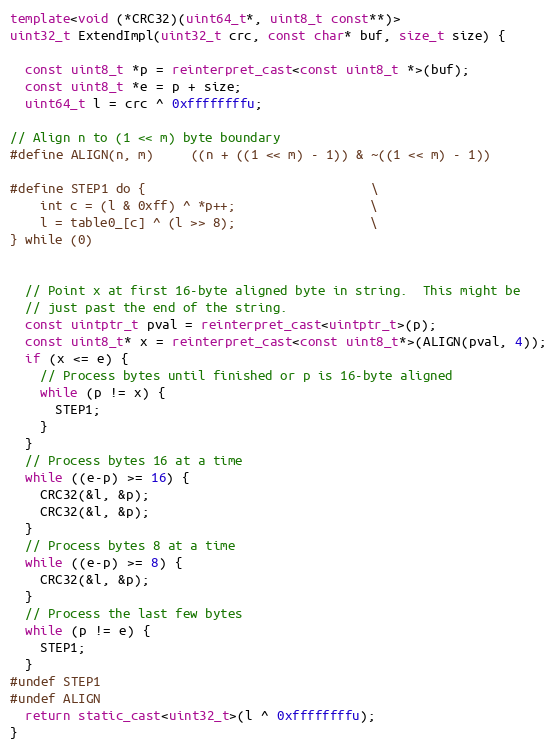
Language: C++
template<void (*CRC32)(uint64_t*, uint8_t const**)>
uint32_t ExtendImpl(uint32_t crc, const char* buf, size_t size) {

  const uint8_t *p = reinterpret_cast<const uint8_t *>(buf);
  const uint8_t *e = p + size;
  uint64_t l = crc ^ 0xffffffffu;

// Align n to (1 << m) byte boundary
#define ALIGN(n, m)     ((n + ((1 << m) - 1)) & ~((1 << m) - 1))

#define STEP1 do {                              \
    int c = (l & 0xff) ^ *p++;                  \
    l = table0_[c] ^ (l >> 8);                  \
} while (0)

  // Point x at first 16-byte aligned byte in string.  This might be
  // just past the end of the string.
  const uintptr_t pval = reinterpret_cast<uintptr_t>(p);
  const uint8_t* x = reinterpret_cast<const uint8_t*>(ALIGN(pval, 4));
  if (x <= e) {
    // Process bytes until finished or p is 16-byte aligned
    while (p != x) {
      STEP1;
    }
  }
  // Process bytes 16 at a time
  while ((e-p) >= 16) {
    CRC32(&l, &p);
    CRC32(&l, &p);
  }
  // Process bytes 8 at a time
  while ((e-p) >= 8) {
    CRC32(&l, &p);
  }
  // Process the last few bytes
  while (p != e) {
    STEP1;
  }
#undef STEP1
#undef ALIGN
  return static_cast<uint32_t>(l ^ 0xffffffffu);
}